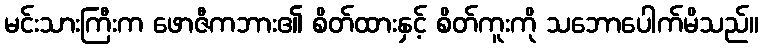
မင်းသားကြီးက ဖောဇီကဘား၏ စိတ်ထားနှင့် စိတ်ကူးကို သဘောပေါက်မိသည်။